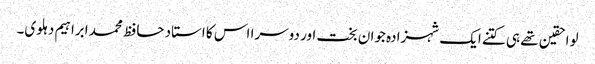
لواحقین تھے ہی کتنے ایک شہزادہ جوان بخت اور دوسرا اس کا استاد حافظ محمد ابراہیم دہلوی۔